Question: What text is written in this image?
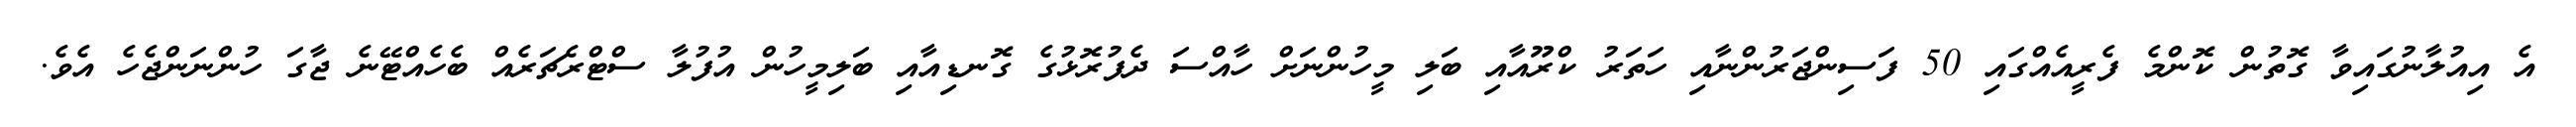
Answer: އެ އިއުލާނުގައިވާ ގޮތުން ކޮންމެ ފެރީއެއްގައި 50 ފަސިންޖަރުންނާއި ހަތަރު ކްރޫއާއި ބަލި މީހުންނަށް ހާއްސަ ދެފުރޮޅުގެ ގޮނޑިއާއި ބަލިމީހުން އުފުލާ ސްޓްރެޗަރެއް ބެހެއްޓޭނެ ޖާގަ ހުންނަންޖެހެ އެވެ.